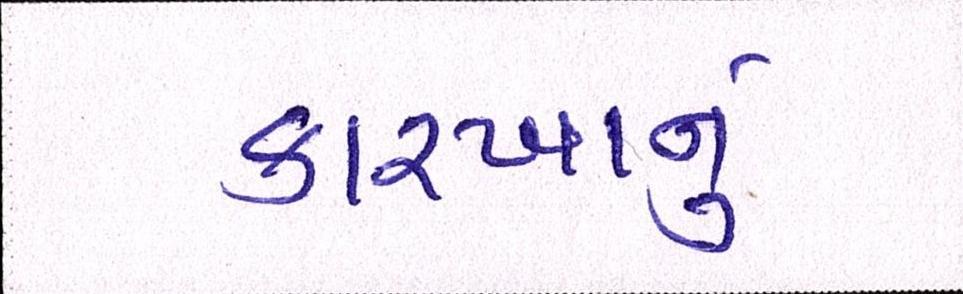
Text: કારખાનું